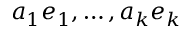
a _ { 1 } e _ { 1 } , \ldots , a _ { k } e _ { k }